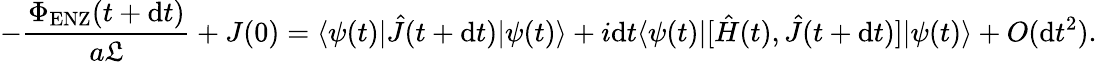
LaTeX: -\frac{\Phi_{\mathrm{ENZ}}(t+\mathrm{d}t)}{a\mathfrak{L}}+J(0)=\langle\psi(t)|\hat{J}(t+\mathrm{d}t)|\psi(t)\rangle+i\mathrm{d}t\langle\psi(t)|[\hat{H}(t),\hat{J}(t+\mathrm{d}t)]|\psi(t)\rangle+O(\mathrm{d}t^{2}).